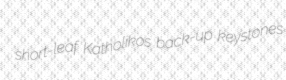
short-leaf Katholikos back-up keystones